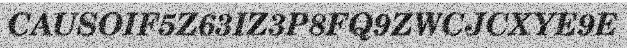
CAUSOIF5Z63IZ3P8FQ9ZWCJCXYE9E